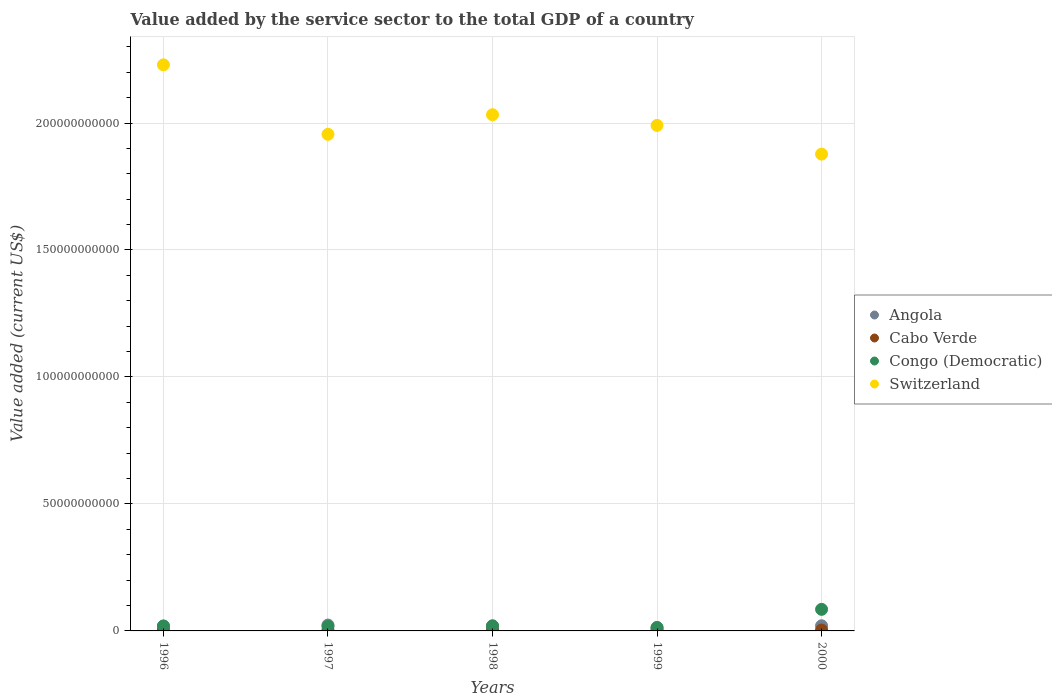
| Years | Angola | Cabo Verde | Congo (Democratic) | Switzerland |
 | --- | --- | --- | --- | --- |
 | 1996 | 1.89e+09 | 2.94e+08 | 1.93e+09 | 2.23e+11 |
 | 1997 | 2.31e+09 | 3.05e+08 | 1.82e+09 | 1.96e+11 |
 | 1998 | 2.02e+09 | 3.27e+08 | 1.93e+09 | 2.03e+11 |
 | 1999 | 1.29e+09 | 3.73e+08 | 1.33e+09 | 1.99e+11 |
 | 2000 | 2.03e+09 | 3.53e+08 | 8.5e+09 | 1.88e+11 |